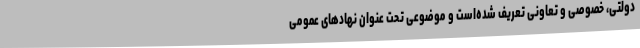
دولتی، خصوصی و تعاونی تعریف شده‌است و موضوعی تحت عنوان نهاد‌های عمومی